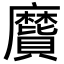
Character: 𪎬